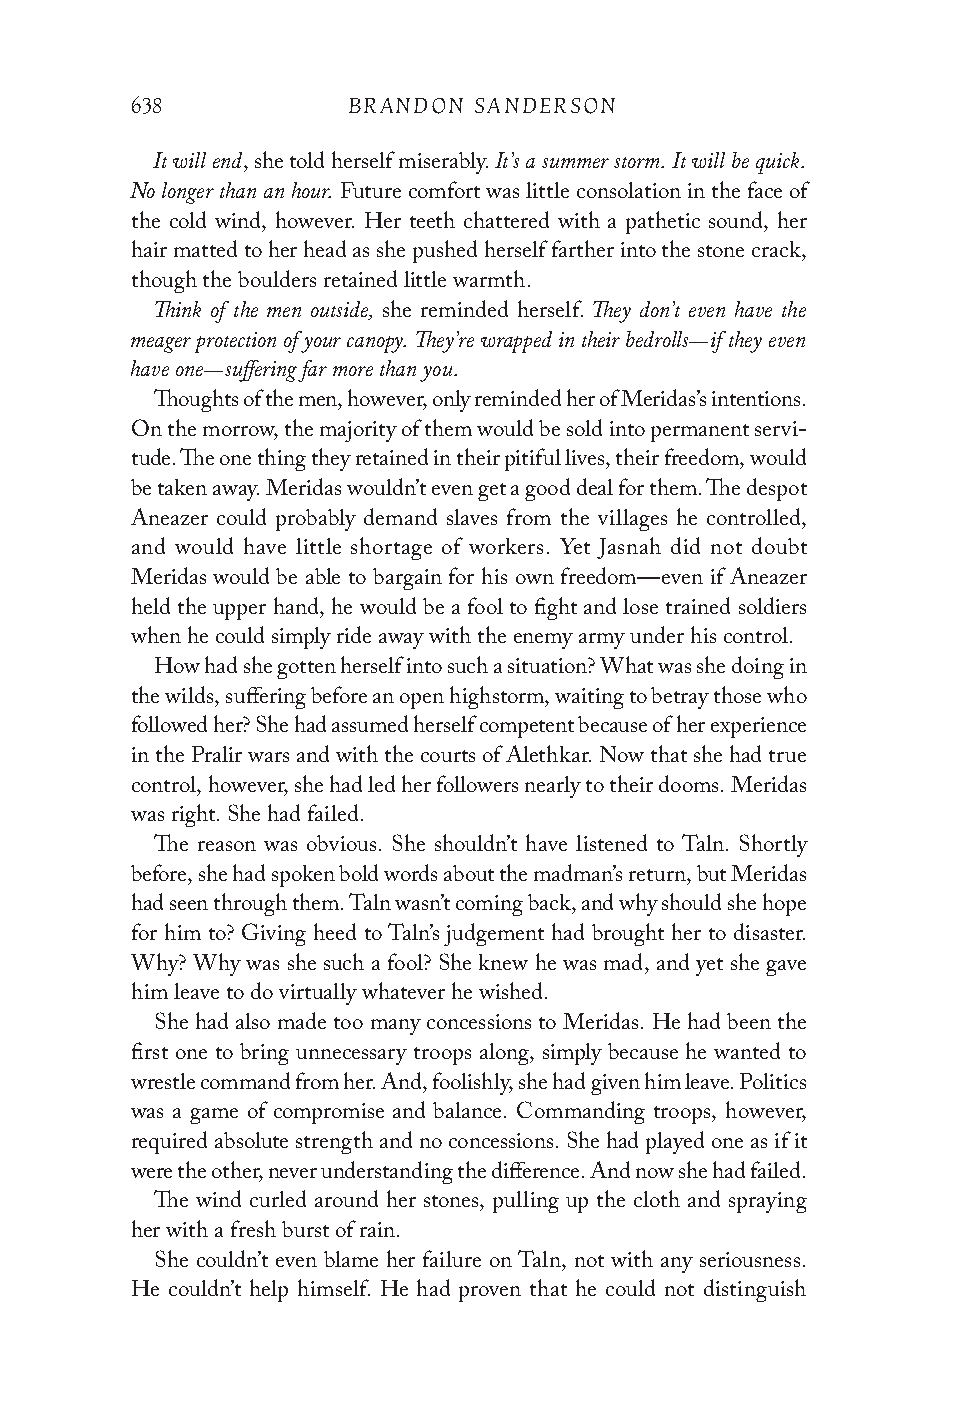
638           BRANDON SANDERSON
 It will end            It’s a summer storm. It will be quick.
 , she told herself miserably.
 No longer than an hour.
 Future comfort was little consolation in the face of
 the cold wind, however. Her teeth chattered with a pathetic sound, her
 hair matted to her head as she pushed herself farther into the stone crack,
 though the boulders retained little warmth.
 Think of the men outside,    They don’t even have the
 she reminded herself.
 meager protection of your canopy. They’re wrapped in their bedrolls—if they even
 have one—suffering far more than you.
 Thoughts of the men, however, only reminded her of Meridas’s intentions.
 On the morrow, the majority of them would be sold into permanent servi-
 tude. The one thing they retained in their pitiful lives, their freedom, would
 be taken away. Meridas wouldn’t even get a good deal for them. The despot
 Aneazer could probably demand slaves from the villages he controlled,
 and would have little shortage of workers. Yet Jasnah did not doubt
 Meridas would be able to bargain for his own freedom—even if Aneazer
 held the upper hand, he would be a fool to fight and lose trained soldiers
 when he could simply ride away with the enemy army under his control.
 How had she gotten herself into such a situation? What was she doing in
 the wilds, suffering before an open highstorm, waiting to betray those who
 followed her? She had assumed herself competent because of her experience
 in the Pralir wars and with the courts of Alethkar. Now that she had true
 control, however, she had led her followers nearly to their dooms. Meridas
 was right. She had failed.
 The reason was obvious. She shouldn’t have listened to Taln. Shortly
 before, she had spoken bold words about the madman’s return, but Meridas
 had seen through them. Taln wasn’t coming back, and why should she hope
 for him to? Giving heed to Taln’s judgement had brought her to disaster.
 Why? Why was she such a fool? She knew he was mad, and yet she gave
 him leave to do virtually whatever he wished.
 She had also made too many concessions to Meridas. He had been the
 first one to bring unnecessary troops along, simply because he wanted to
 wrestle command from her. And, foolishly, she had given him leave. Politics
 was a game of compromise and balance. Commanding troops, however,
 required absolute strength and no concessions. She had played one as if it
 were the other, never understanding the difference. And now she had failed.
 The wind curled around her stones, pulling up the cloth and spraying
 her with a fresh burst of rain.
 She couldn’t even blame her failure on Taln, not with any seriousness.
 He couldn’t help himself. He had proven that he could not distinguish